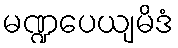
မဏ္ဍပေယျမိဒံ